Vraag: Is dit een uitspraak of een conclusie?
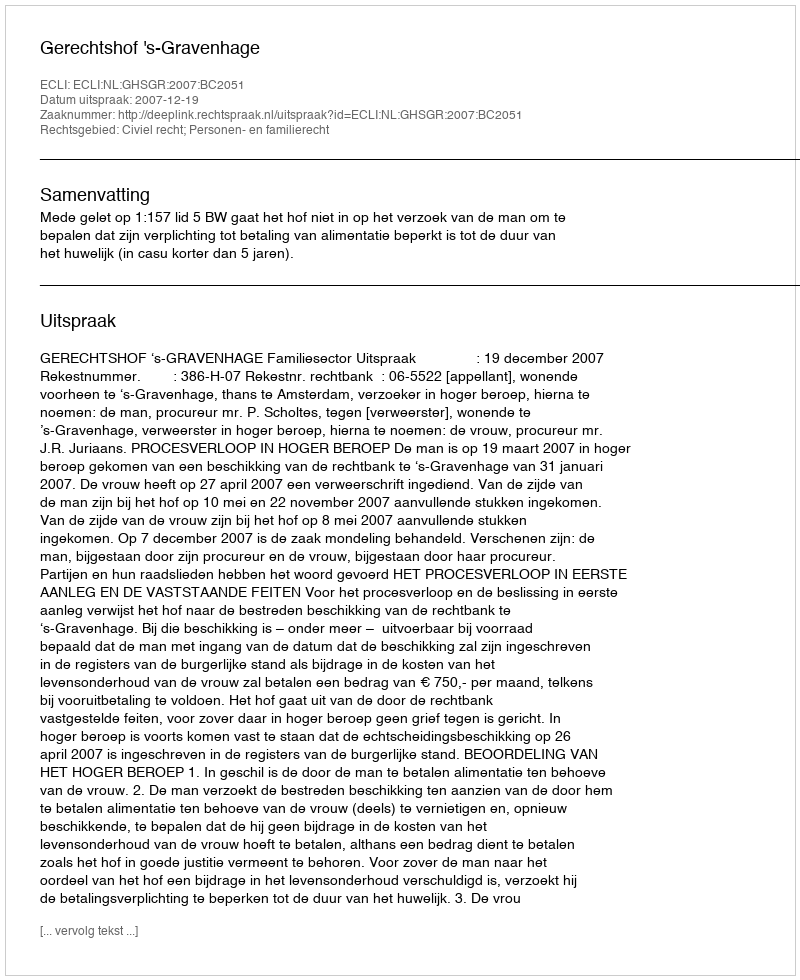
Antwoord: Uitspraak